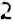
2